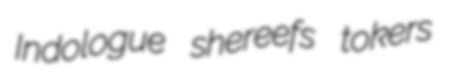
Indologue shereefs tokers